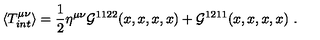
\langle T _ { i n t } ^ { \mu \nu } \rangle = \frac { 1 } { 2 } \eta ^ { \mu \nu } { \cal { G } } ^ { 1 1 2 2 } ( x , x , x , x ) + { \cal { G } } ^ { 1 2 1 1 } ( x , x , x , x ) \ .